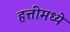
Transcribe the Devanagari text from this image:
हत्तींमध्ये